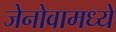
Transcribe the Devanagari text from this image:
जेनोवामध्ये